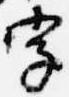
字